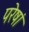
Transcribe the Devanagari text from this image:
परेषां